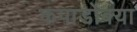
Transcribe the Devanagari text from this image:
कपाडोक्या